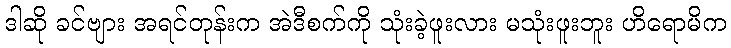
ဒါဆို ခင်ဗျား အရင်တုန်းက အဲဒီစက်ကို သုံးခဲ့ဖူးလား မသုံးဖူးဘူး ဟိရောမိက